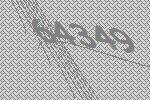
64349